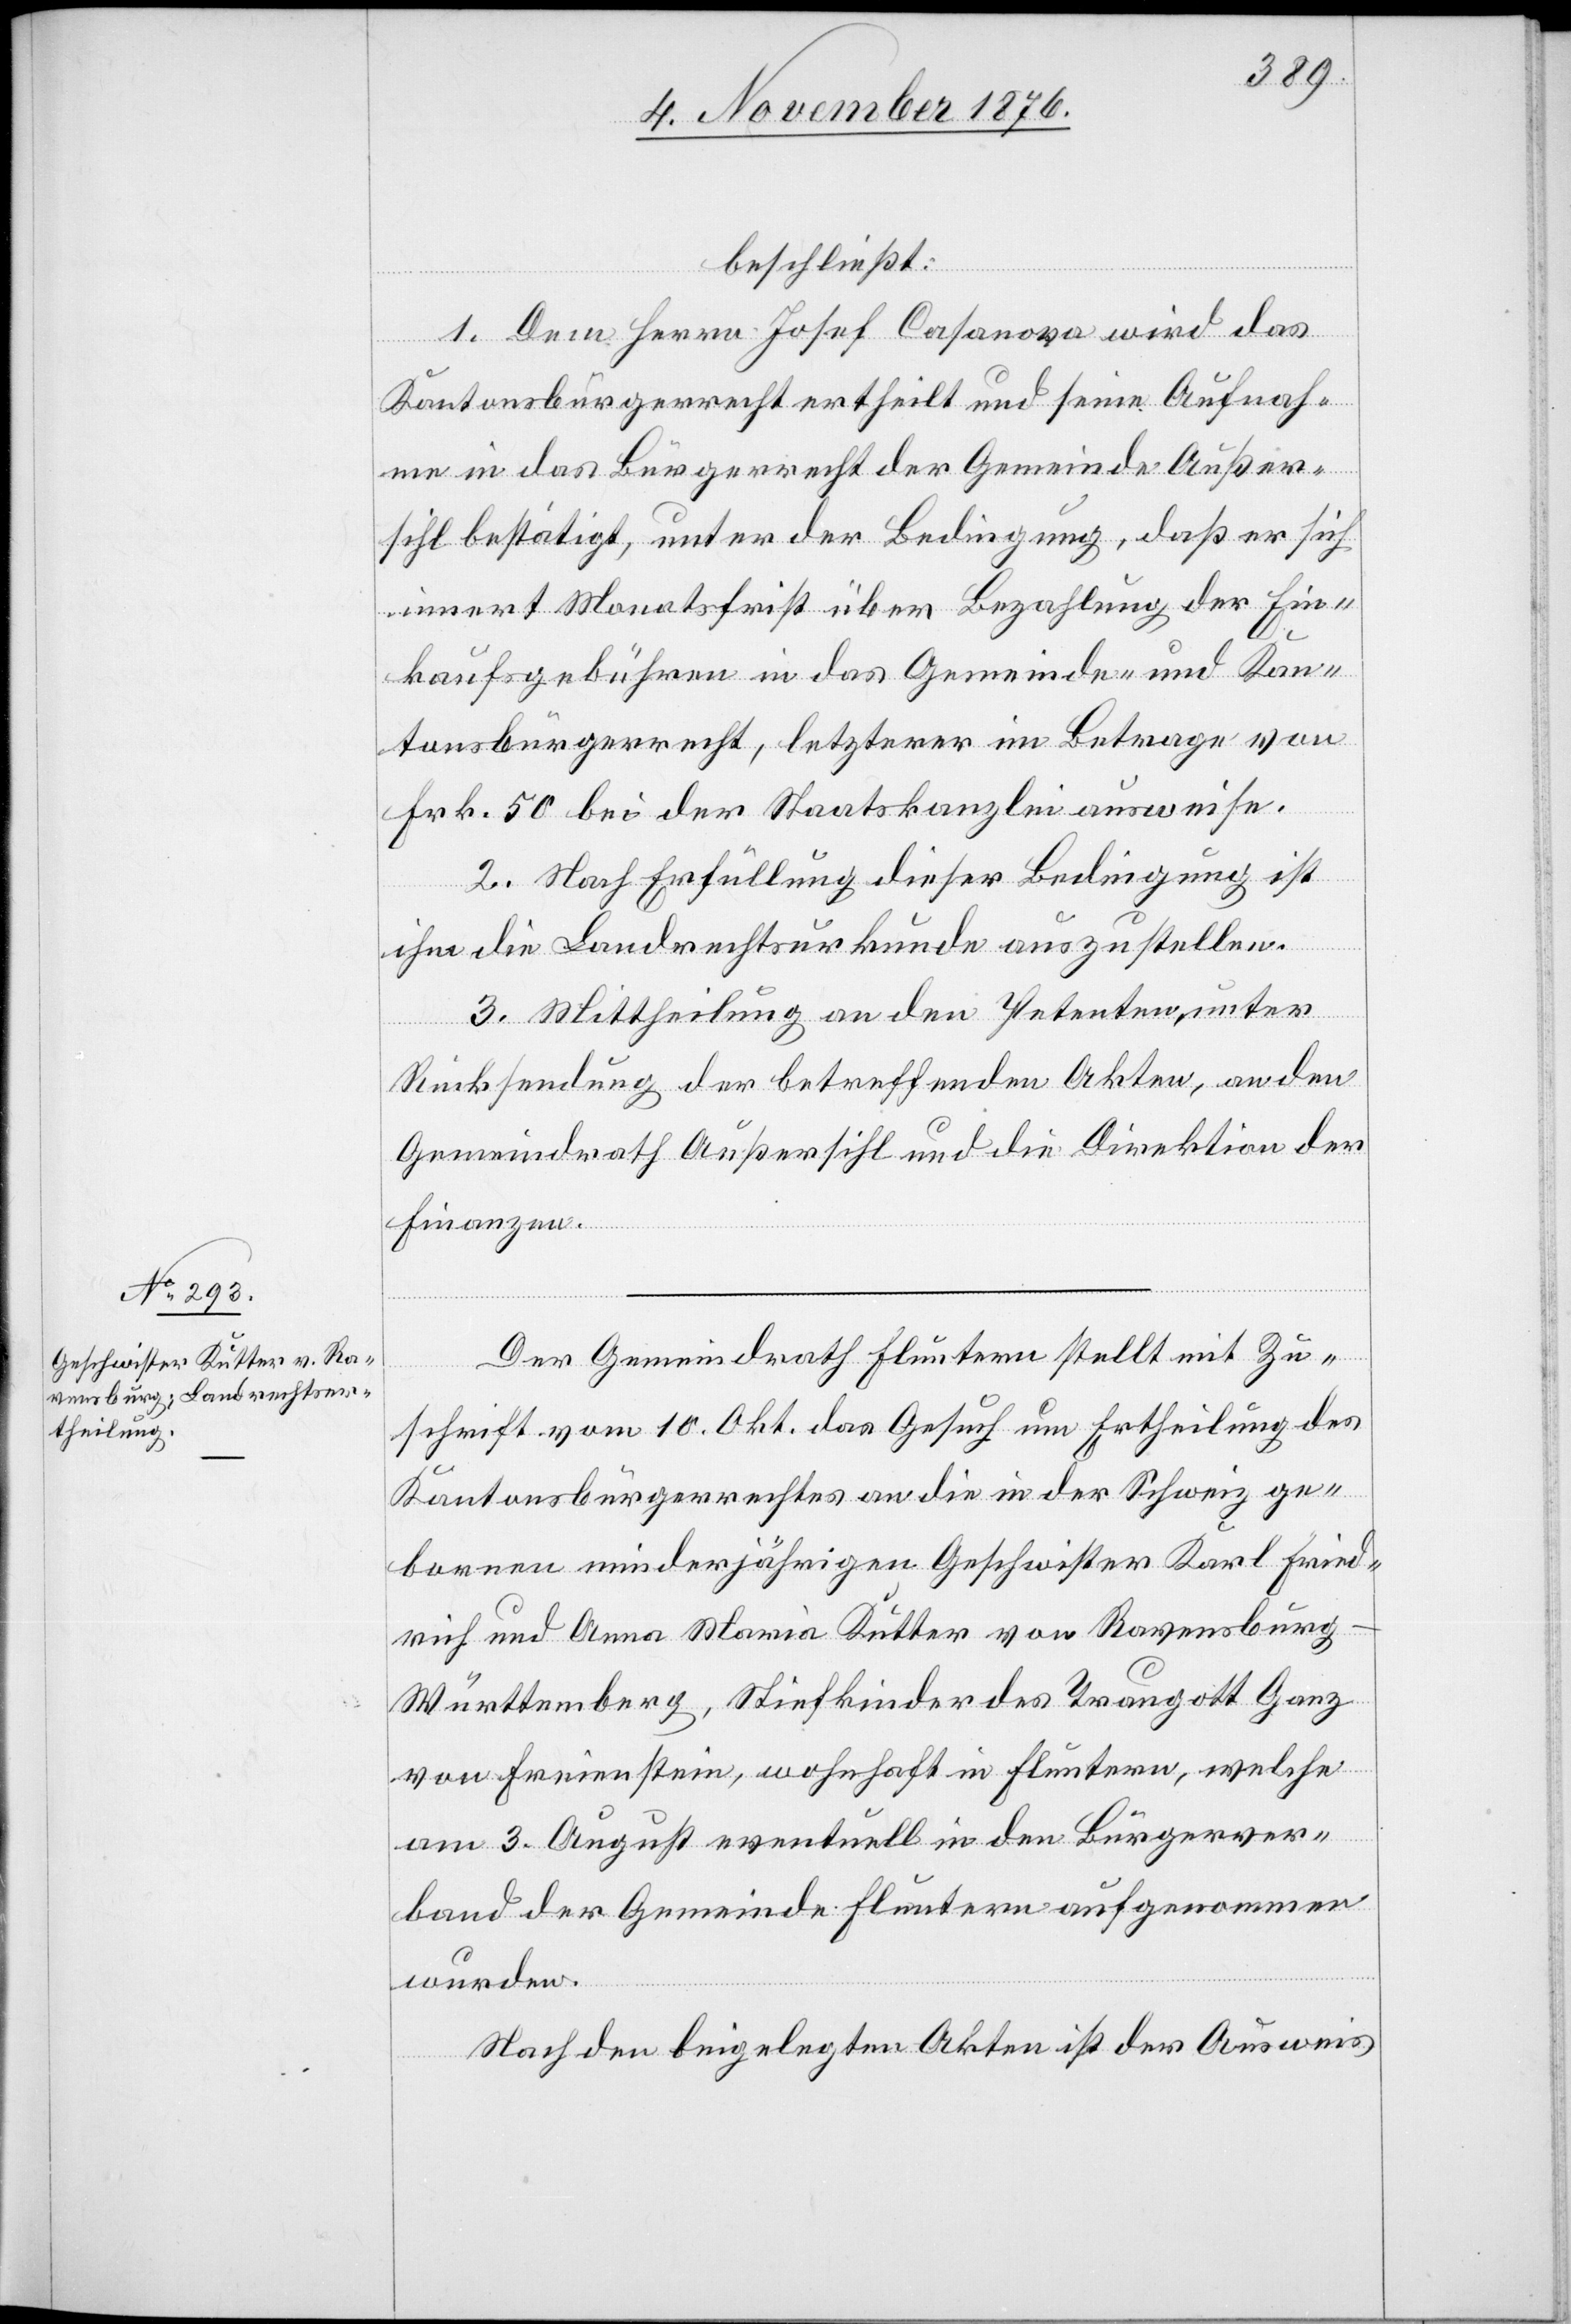
beschließt:
1. Dem Herrn Josef Casanova wird das
Kantonsbürgerrecht ertheilt und seine Aufnah¬
me in das Bürgerrecht der Gemeinde Außer¬
sihl bestätigt, unter der Bedingung, daß er sich
innert Monatsfrist über Bezahlung der Ein¬
kaufsgebühren in das Gemeinde- und Kan¬
tonsbürgerrecht, letzterer im Betrage von
Frk. 50 bei der Staatskanzlei ausweise.
2. Nach Erfüllung dieser Bedingung ist
ihm die Landrechtsurkunde auszustellen.
3. Mittheilung an den Petenten unter
Rücksendung der betreffenden Akten, an den
Gemeindrath Außersihl und die Direktion der
Finanzen.
Der Gemeindrath Fluntern stellt mit Zu¬
schrift vom 10. Okt. das Gesuch um Ertheilung des
Kantonsbürgerrechtes an die in der Schweiz ge¬
borenen minderjährigen Geschwister Karl Fried¬
rich und Anna Maria Kutter von Ravensburg
Württemberg, Stiefkinder des Traugott Ganz
von Freienstein, wohnhaft in Fluntern, welche
am 3. August eventuell in den Bürgerver¬
band der Gemeinde Fluntern aufgenommen
wurden.
Nach den beigelegten Akten ist der Ausweis